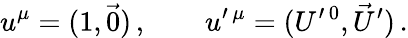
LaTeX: u^{\mu}=(1,\vec{0})\, ,\qquad u^{\prime\, \mu}=(U^{\prime\, 0},\vec{U}^{\prime})\, .